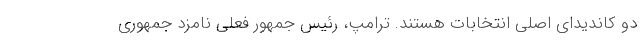
دو کاندیدای اصلی انتخابات هستند. ترامپ، رئیس جمهور فعلی نامزد جمهوری